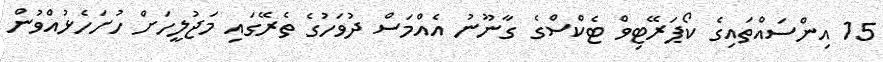
15 އިންސައްތައިގެ ކޯޕަރޭޓިވް ޓެކްސްގެ ގާނޫނު އެއްމަސް ދުވަހުގެ ތެރޭގައި މަޖުލީހަށް ހުށަހެޅުއްވުން